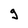
Character: g